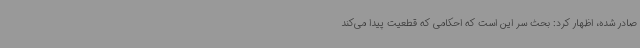
صادر شده، اظهار کرد: بحث سر این است که احکامی که قطعیت پیدا می‌کند